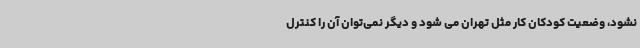
نشود، وضعیت کودکان کار مثل تهران می شود و دیگر نمی‌توان آن را کنترل